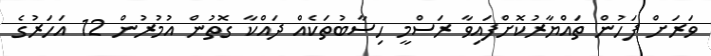
ވަރަށް ފަހުން ތައްޔާރުކޮށްފައިވާ ރަސްމީ ހިސާބުތަކެއް ދައްކާ ގޮތުން އުމުރުން 12 އަހަރުގެ